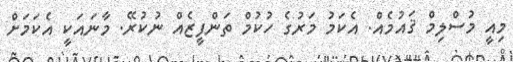
މިއީ މުސްލިމް ޤައުމެއް. އެކަމު މަރުގެ ހުކުމް ތަންފީޒެއް ނުކުރޭ. މާނައަކީ އެކަމަށް